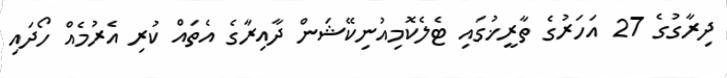
ދިރާގުގެ 27 އަހަރުގެ ތާރީޚުގައި ޓެލެކޮމިއުނިކޭޝަން ދާއިރާގެ އެތައް ކުރި އެރުމެއް ހޯދައި